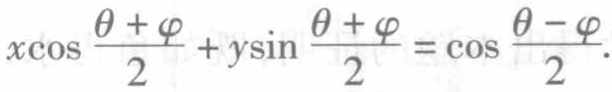
\(x\cos \frac{\theta + \varphi}{2}+y\sin \frac{\theta + \varphi}{2}=\cos \frac{\theta - \varphi}{2}\)